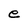
Character: e